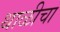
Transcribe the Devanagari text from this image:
थाळीचा